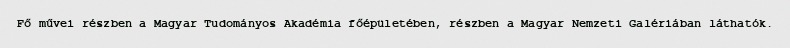
Fő művei részben a Magyar Tudományos Akadémia főépületében, részben a Magyar Nemzeti Galériában láthatók.